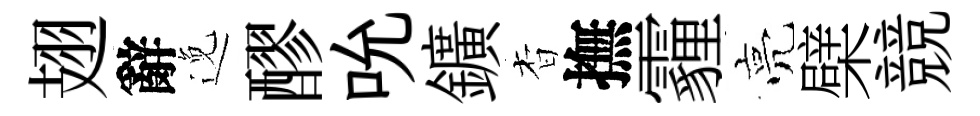
翅辭𨓜醪吮鑛杳撫霾亮檗競